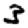
Digit: 3